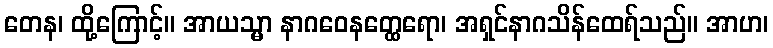
တေန၊ ထို့ကြောင့်။ အာယသ္မာ နာဂဝေနတ္ထေရော၊ အရှင်နာဂသိန်ထေရ်သည်။ အာဟ၊